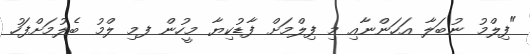
"ފިލްމު ނުބަލާ އަހަންނާއި މި ފިލްމަށް ފާޑުކިޔާ މީހުން ފމި ލްމު ބެލުމަށްފަހު